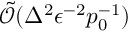
\tilde { \mathcal { O } } ( \Delta ^ { 2 } \epsilon ^ { - 2 } p _ { 0 } ^ { - 1 } )